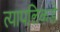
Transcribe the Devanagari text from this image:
त्यापलिकडे